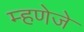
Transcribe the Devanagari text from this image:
म्हणेजे